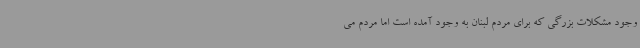
وجود مشکلات بزرگی که برای مردم لبنان به وجود آمده است اما مردم می